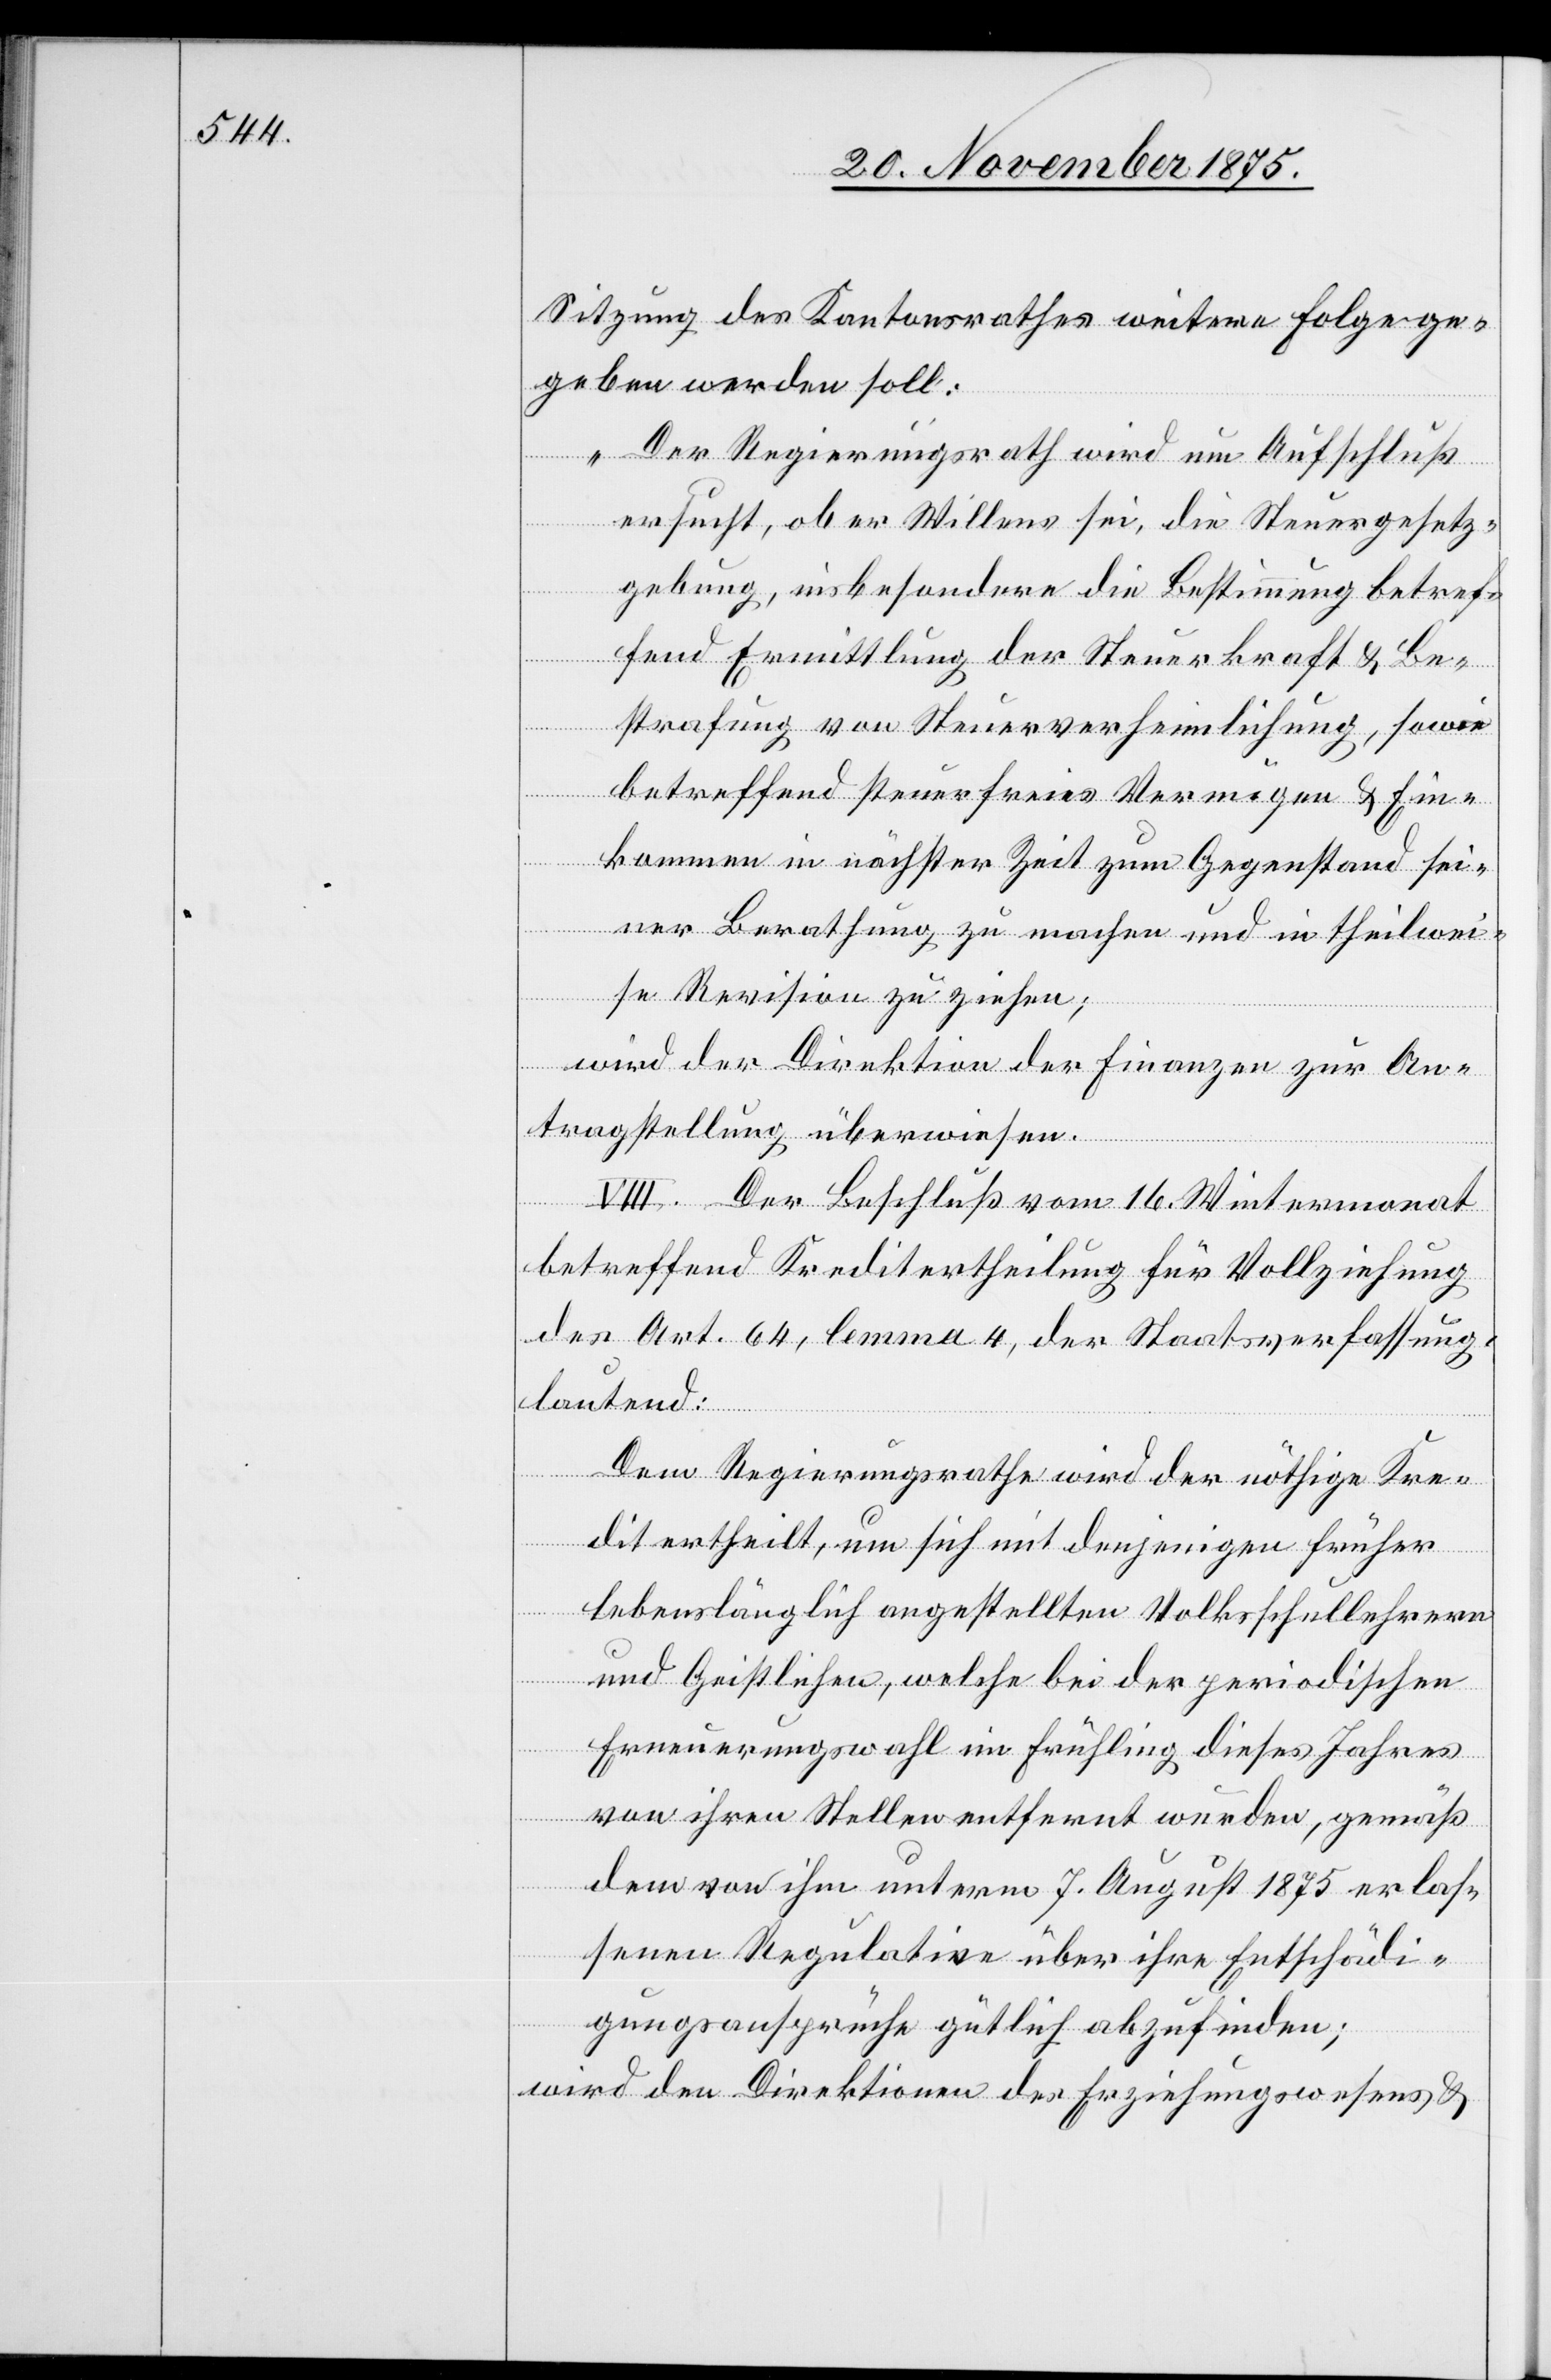
Sitzung des Kantonsrathes weitere Folge ge¬
geben werden soll:
„Der Regierungsrath wird um Aufschluß
ersucht, ob er Willens sei, die Steuergesetz¬
gebung, insbesondere die Bestimmung betref¬
fend Ermittlung der Steuerkraft & Be¬
strafung von Steuerverheimlichung, sowie
betreffend steuerfreies Vermögen & Ein¬
kommen in nächster Zeit zum Gegenstand sei¬
ner Berathung zu machen und in theilwei¬
se Revision zu ziehen;[“]
wird der Direktion der Finanzen zur An¬
tragstellung überwiesen.
VIII. Der Beschluß vom 16. Wintermonat
betreffend Kreditertheilung für Vollziehung
des Art. 64, lemma 4, der Staatsverfassung
lautend:
Dem Regierungsrathe wird der nöthige Kre¬
dit ertheilt, um sich mit denjenigen früher
lebenslänglich angestellten Volksschullehrern
und Geistlichen, welche bei der periodischen
Erneuerungswahl im Frühling dieses Jahres
von ihren Stellen entfernt wurden, gemäß
dem von ihm unterm 7. August 1875 erlas¬
senen Regulative über ihre Entschädi¬
gungsansprüche gütlich abzufinden;
wird den Direktionen des Erziehungswesens &